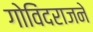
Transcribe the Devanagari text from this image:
गोविंदराजने